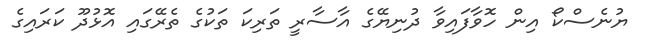
ޔުނެސްކޯ އިން ހޮވާފައިވާ ދުނިޔޭގެ އާސާރީ ތަރިކަ ތަކުގެ ތެރޭގައި އޮޅުދޫ ކަރައިގެ